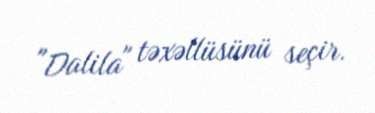
"Dalila" təxəllüsünü seçir.